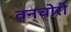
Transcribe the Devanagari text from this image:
वनचोरी